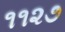
૧૧૨૭